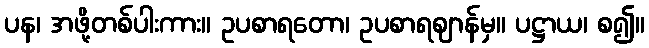
ပန၊ အဖို့တစ်ပါးကား။ ဥပစာရတော၊ ဥပစာရဈာန်မှ။ ပဋ္ဌာယ၊ စ၍။